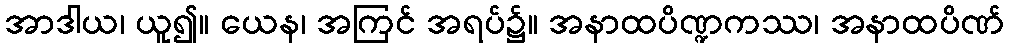
အာဒါယ၊ ယူ၍။ ယေန၊ အကြင် အရပ်၌။ အနာထပိဏ္ဍကဿ၊ အနာထပိဏ်